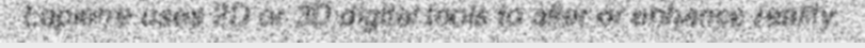
Lapierre uses 2D or 3D digital tools to alter or enhance reality.